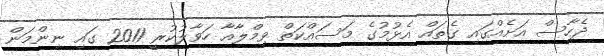
ދެހާސް އަށެއްގައި ގެތައް އެޅުމުގެ މަސައްކަތް ވިމްލާއާ ހަވާލުކުރީ 2011 ގައި ނިންމަން